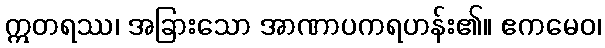
ဣတရဿ၊ အခြားသော အာဏာပကရဟန်း၏။ ဧကမေဝ၊